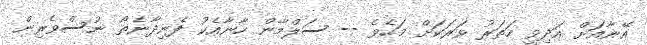
އޭނާއަށް އަދިވީ ހަތަރު ވަރަކަށް މަހެވެ -- ސަލްމާން ހާނާއެކު ފެނިދާނެތޯ ނުސްވެރިން